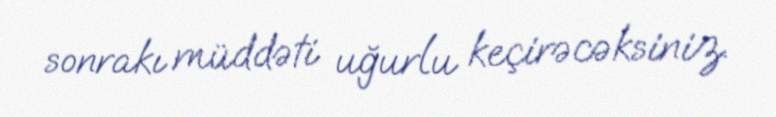
sonrakı müddəti uğurlu keçirəcəksiniz.